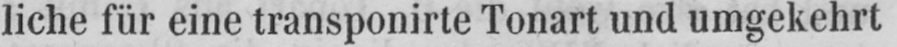
liche für eine transponirte Tonart und umgekehrt